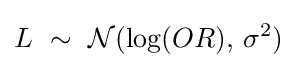
L\ \sim \ {\mathcal {N}}(\log(OR),\,\sigma ^{2})